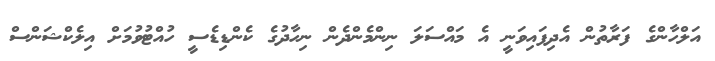
އަލްހާންގެ ފަރާތުން އެދިފައިވަނީ އެ މައްސަލަ ނިންމެންދެން ނިހާދުގެ ކެންޑިޑެސީ ހުއްޓުވުމަށް އިލެކްޝަންސް